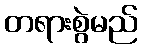
တရားစွဲမည်